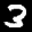
Label: 3